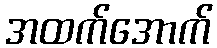
အထက်အောက်